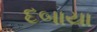
દબાયા